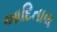
આદિતાલ